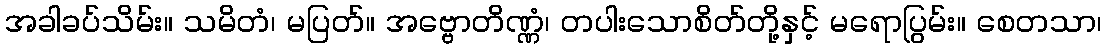
အခါခပ်သိမ်း။ သမိတံ၊ မပြတ်။ အဗ္ဗောတိဏ္ဏံ၊ တပါးသောစိတ်တို့နှင့် မရောပြွမ်း။ စေတသာ၊